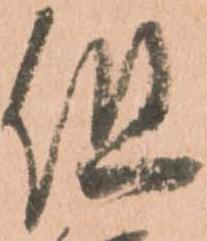
但